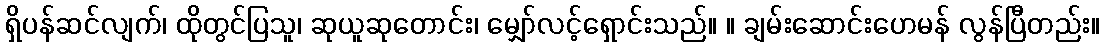
ရှိပန်ဆင်လျက်၊ ထိုတွင်ပြသူ၊ ဆုယူဆုတောင်း၊ မျှော်လင့်ရှောင်းသည်။ ။ ချမ်းဆောင်းဟေမန် လွန်ပြီတည်း။